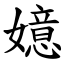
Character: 嬑